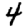
Digit: 4